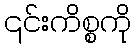
၎င်းကိစ္စကို